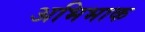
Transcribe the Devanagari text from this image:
अभिभाक